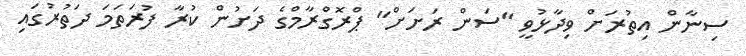
ސިނާން އިތުރަށް ވިދާޅުވީ "ސަން ރަށަށް" ޕްރޮގްރާމްގެ ދަށުން ކުރާ ފުރަތަމަ ދަތުރުގައި